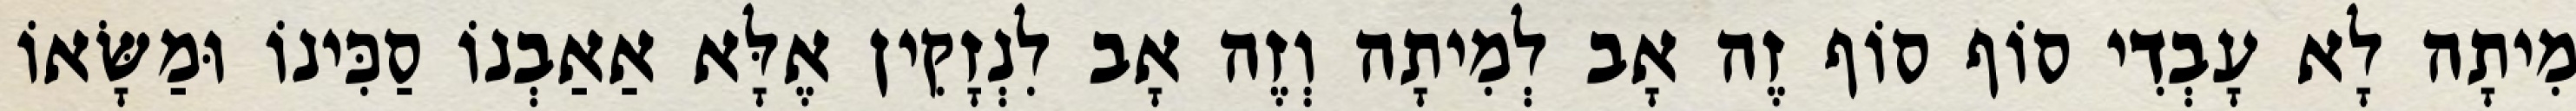
מִיתָה לָא עָבְדִי סוֹף סוֹף זֶה אָב לְמִיתָה וְזֶה אָב לִנְזָקִין אֶלָּא אַאַבְנוֹ סַכִּינוֹ וּמַשָּׂאוֹ